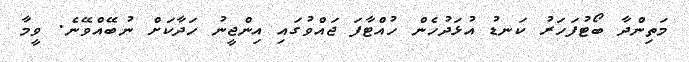
މަތިންދާ ބޯޓުފަހަރު ކަނޑު އުޅަދުހެން ހުއްޓާފަ ޖައްވުގައި އިންޖީނު ހަދާކަށް ނުބޭއްވޭނެ. ވީމާ